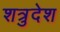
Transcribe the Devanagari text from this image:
शत्रुदेश